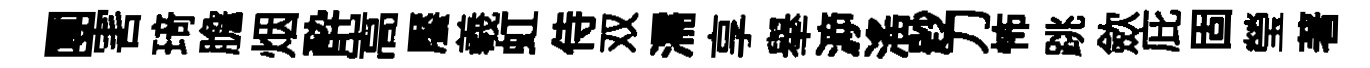
圑害𤦺膽烟酔嵩饜羲虹侍双濡享𦦙㴑滛尟刀怖跳歛庇固瑩著